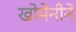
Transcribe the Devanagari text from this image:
खोमेनीने